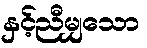
နှင့်ညီမျှသော